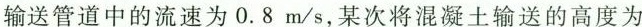
输送管道中的流速为0.8m/s，某次将混凝土输送的高度